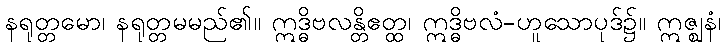
နရုတ္တမော၊ နရုတ္တမမည်၏။ ဣဒ္ဓိဗလန္တိဧတ္ထ၊ ဣဒ္ဓိဗလံ-ဟူသောပုဒ်၌။ ဣဇ္ဈနံ၊